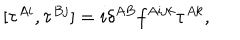
LaTeX: [ \tau ^ { A i } , \tau ^ { B j } ] = i \delta ^ { A B } f ^ { A i j k } \tau ^ { A k } ,